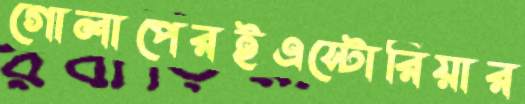
গোলাপেরইএস্টোরিয়ার